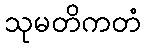
သုမတိကတံ